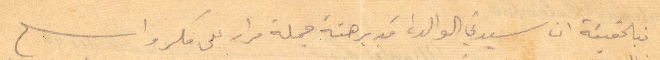
فبالحقيقة ان سيديت الوالدة قد برهنة جملة مرار على فكر واسع